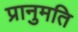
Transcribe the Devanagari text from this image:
प्रानुमति